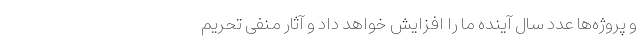
و پروژه‌ها عدد سال آینده ما را افزایش خواهد داد و آثار منفی تحریم